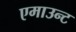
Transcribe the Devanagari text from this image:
एमाउन्ट